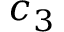
c _ { 3 }